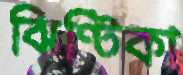
ঝিণ্টিকা